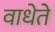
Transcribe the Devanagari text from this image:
वाधेते